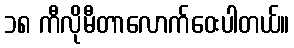
၁၈ ကီလိုမီတာလောက်ဝေးပါတယ်။